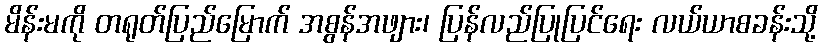
မိန်းမကို တရုတ်ပြည်မြောက် အစွန်အဖျား၊ ပြန်လည်ပြုပြင်ရေး လယ်ယာစခန်းသို့